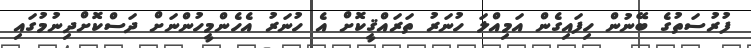
ފުރުސަތުގެ ބޭނުން ހިފައިގެން އަމިއްލަ ހުނަރު ތަރައްޤީކޮށް އެ ހުނަރު އެހެންމީހުންނަށް ދަސްކޮށްދިނުމުގައި